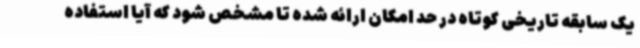
یک سابقه تاریخی کوتاه در حد امکان ارائه شده تا مشخص شود که آیا استفاده